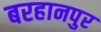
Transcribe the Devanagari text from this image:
बरहानपुर